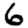
Digit: 6